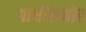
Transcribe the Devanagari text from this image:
गांधींसमोर